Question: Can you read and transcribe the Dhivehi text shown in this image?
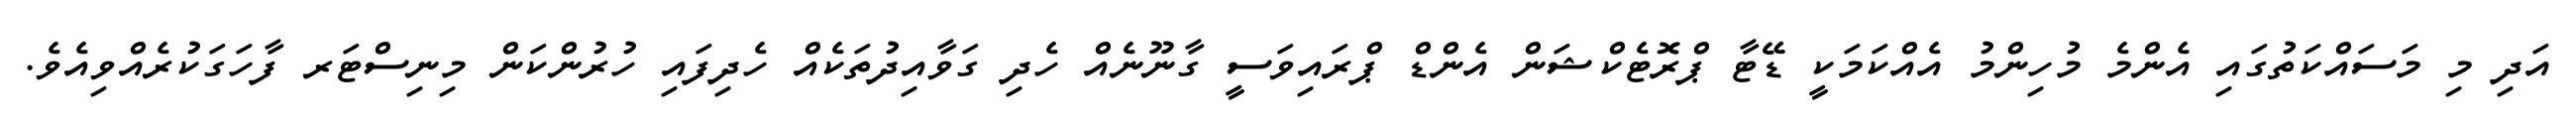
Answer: އަދި މި މަސައްކަތުގައި އެންމެ މުހިންމު އެއްކަމަކީ ޑޭޓާ ޕްރޮޓެކްޝަން އެންޑް ޕްރައިވަސީ ގާނޫނެއް ހެދި ގަވާއިދުތަކެއް ހެދިފައި ހުރުންކަން މިނިސްޓަރ ފާހަގަކުރެއްވިއެވެ.